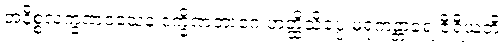
အနိစ္စလက္ခဏဝသေန ဒက္ခိဏဘာဂေ ဟတ္ထိသိပ္ပေ မရုကန္တာရေ ဇီရီယတိ